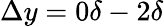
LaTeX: \Delta y=0\delta-2\delta